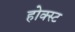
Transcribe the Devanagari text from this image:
होक्स्ट